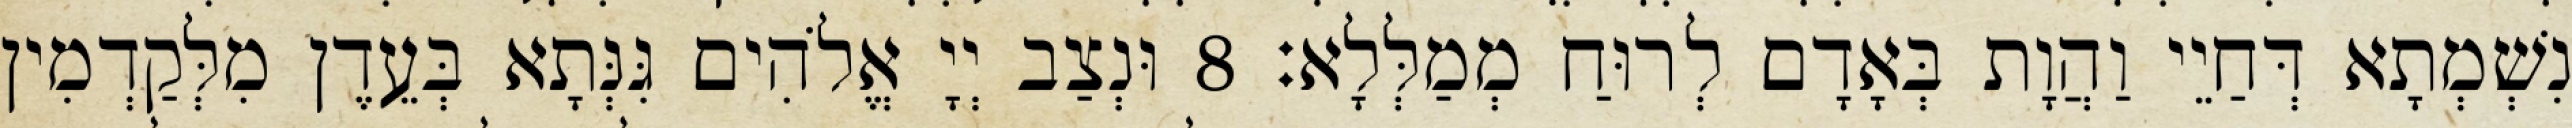
נִשְׁמְתָא דְּחַיֵי וַהֲוָת בְּאָדָם לְרוּחַ מְמַלְּלָא׃ 8 וּנְצַב יְיָ אֱלֹהִים גִּנְּתָא בְּעֵדֶן מִלְּקַדְמִין